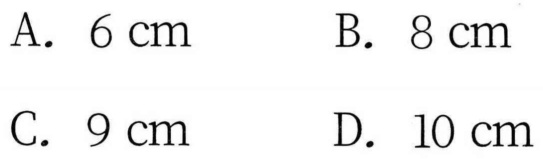
A. \(6\mathrm{cm}\)  B. \(8\mathrm{cm}\)
C. \(9\mathrm{cm}\)  D. \(10\mathrm{cm}\)